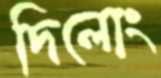
দিলোং